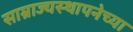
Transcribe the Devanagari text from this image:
साम्राज्यस्थापनेच्या